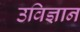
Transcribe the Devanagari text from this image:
उविज्ञान